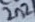
Text: 2n2